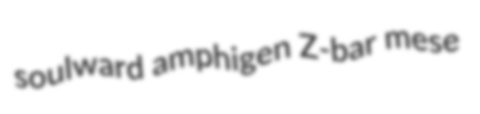
soulward amphigen Z-bar mese